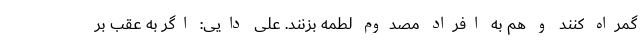
گمراه کنند و هم به افراد مصدوم لطمه بزنند. علی دایی: اگر به عقب بر